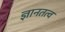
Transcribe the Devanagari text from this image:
ज्ञानतत्व